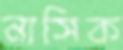
নাসিক